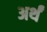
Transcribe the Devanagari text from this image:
अर्थं